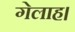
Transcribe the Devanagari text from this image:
गेलाह।